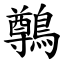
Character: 鷷